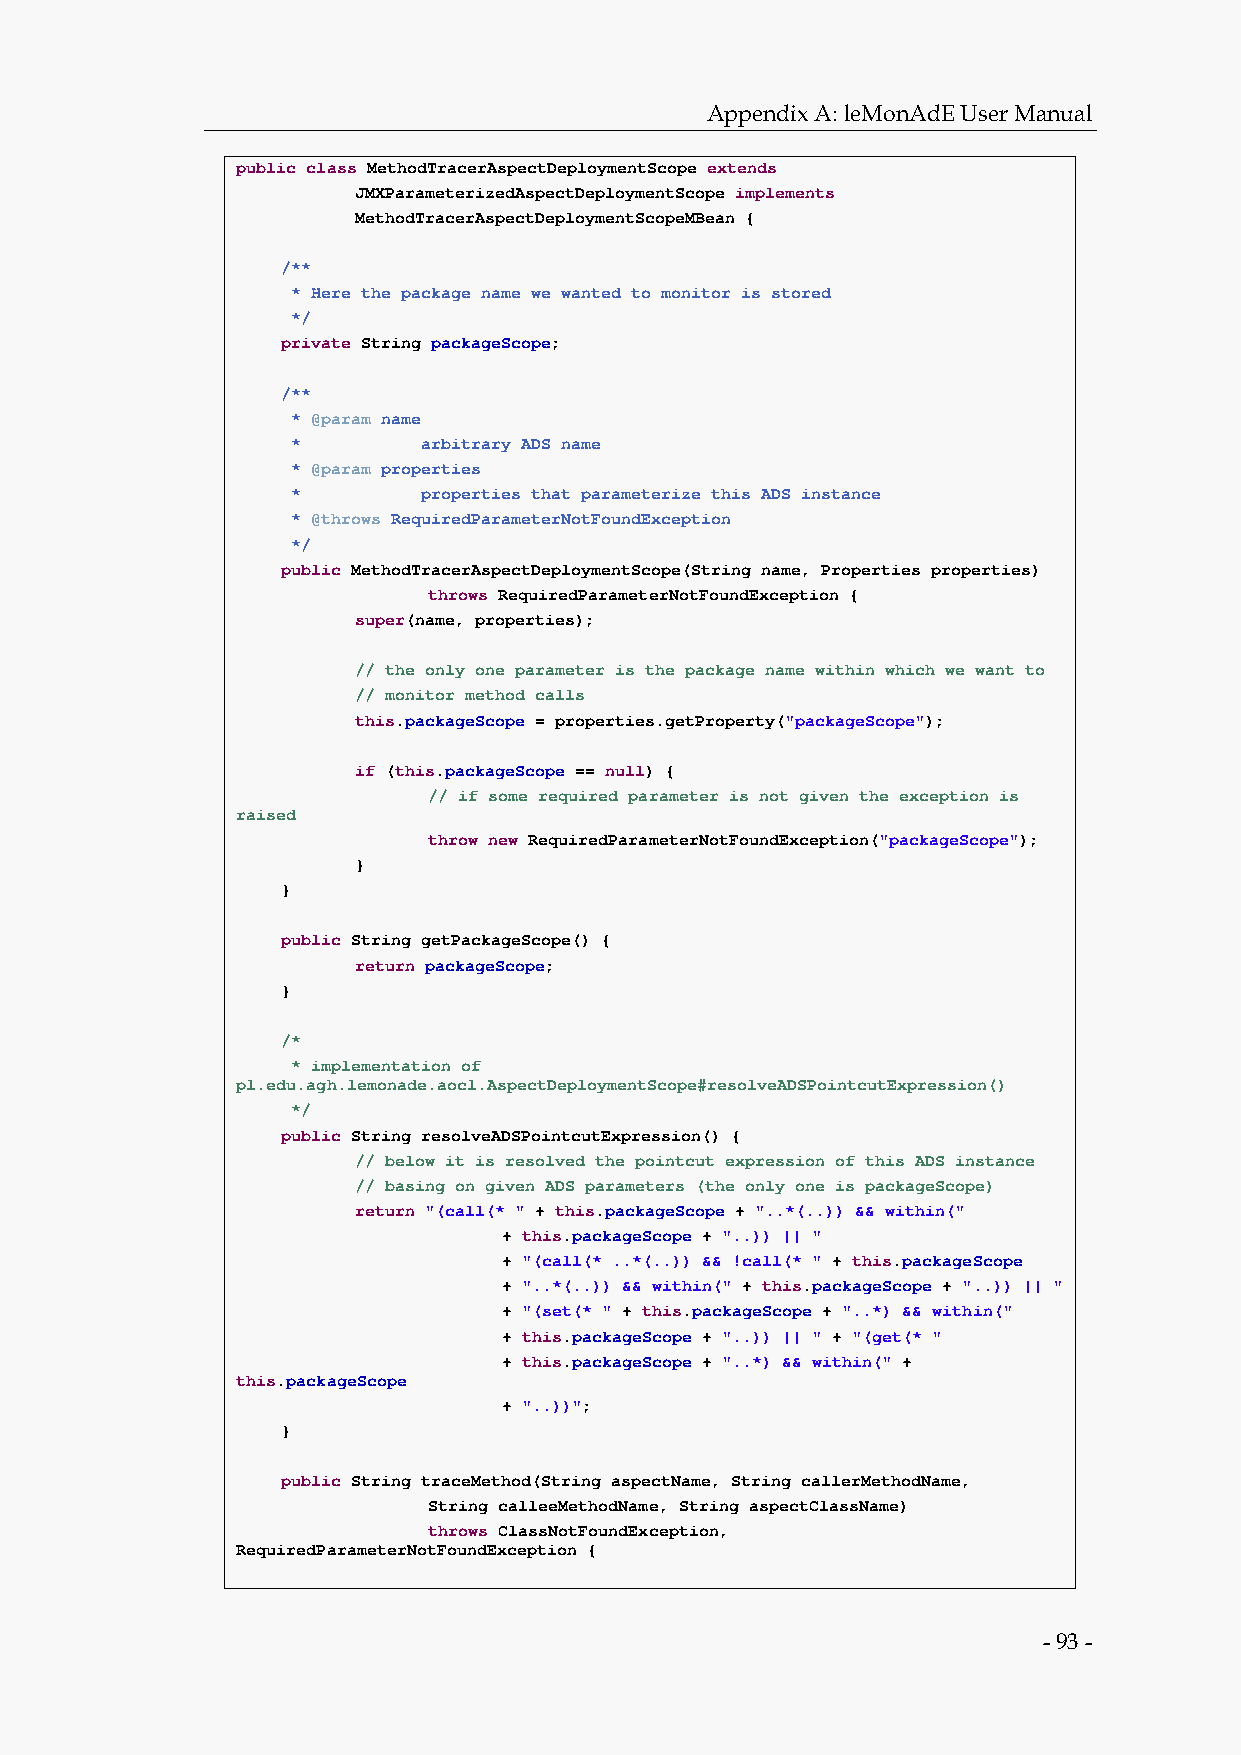
Appendix A: leMonAdE User Manual
 public class MethodTracerAspectDeploymentScope extends
 JMXParameterizedAspectDeploymentScope implements
 MethodTracerAspectDeploymentScopeMBean {
 /**
 * Here the package name we wanted to monitor is stored
 */
 private String packageScope;
 /**
 * @param name
 *        arbitrary ADS name
 * @param properties
 *        properties that parameterize this ADS instance
 * @throws RequiredParameterNotFoundException
 */
 public MethodTracerAspectDeploymentScope(String name, Properties properties)
 throws RequiredParameterNotFoundException {
 super(name, properties);
 // the only one parameter is the package name within which we want to
 // monitor method calls
 this.packageScope = properties.getProperty("packageScope");
 if (this.packageScope == null) {
 // if some required parameter is not given the exception is
 raised
 throw new RequiredParameterNotFoundException("packageScope");
 }
 }
 public String getPackageScope() {
 return packageScope;
 }
 /*
 * implementation of
 pl.edu.agh.lemonade.aocl.AspectDeploymentScope#resolveADSPointcutExpression()
 */
 public String resolveADSPointcutExpression() {
 // below it is resolved the pointcut expression of this ADS instance
 // basing on given ADS parameters (the only one is packageScope)
 return "(call(* " + this.packageScope + "..*(..)) && within("
 + this.packageScope + "..)) || "
 + "(call(* ..*(..)) && !call(* " + this.packageScope
 + "..*(..)) && within(" + this.packageScope + "..)) || "
 + "(set(* " + this.packageScope + "..*) && within("
 + this.packageScope + "..)) || " + "(get(* "
 + this.packageScope + "..*) && within(" +
 this.packageScope
 + "..))";
 }
 public String traceMethod(String aspectName, String callerMethodName,
 String calleeMethodName, String aspectClassName)
 throws ClassNotFoundException,
 RequiredParameterNotFoundException {
 - 93 -